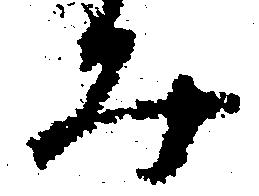
み